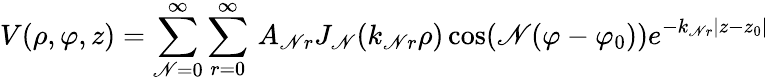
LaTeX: V(\rho,\varphi,z)=\sum_{\mathscr{N}=0}^{\infty}\sum_{r=0}^{\infty}\, A_{\mathscr{N}r}J_{\mathscr{N}}(k_{\mathscr{N}r}\rho)\cos(\mathscr{N}(\varphi-\varphi_{0}))e^{-k_{\mathscr{N}r}|z-z_{0}|}